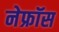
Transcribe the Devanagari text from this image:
नेफ्रॉस